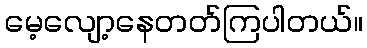
မေ့လျော့နေတတ်ကြပါတယ်။